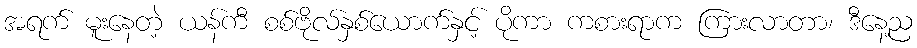
အရက် မူးနေတဲ့ ယန်ကီ စစ်ဗိုလ်နှစ်ယောက်နှင့် ပိုကာ ကစားရာက ကြားလာတာ၊ ဒီနေ့ည